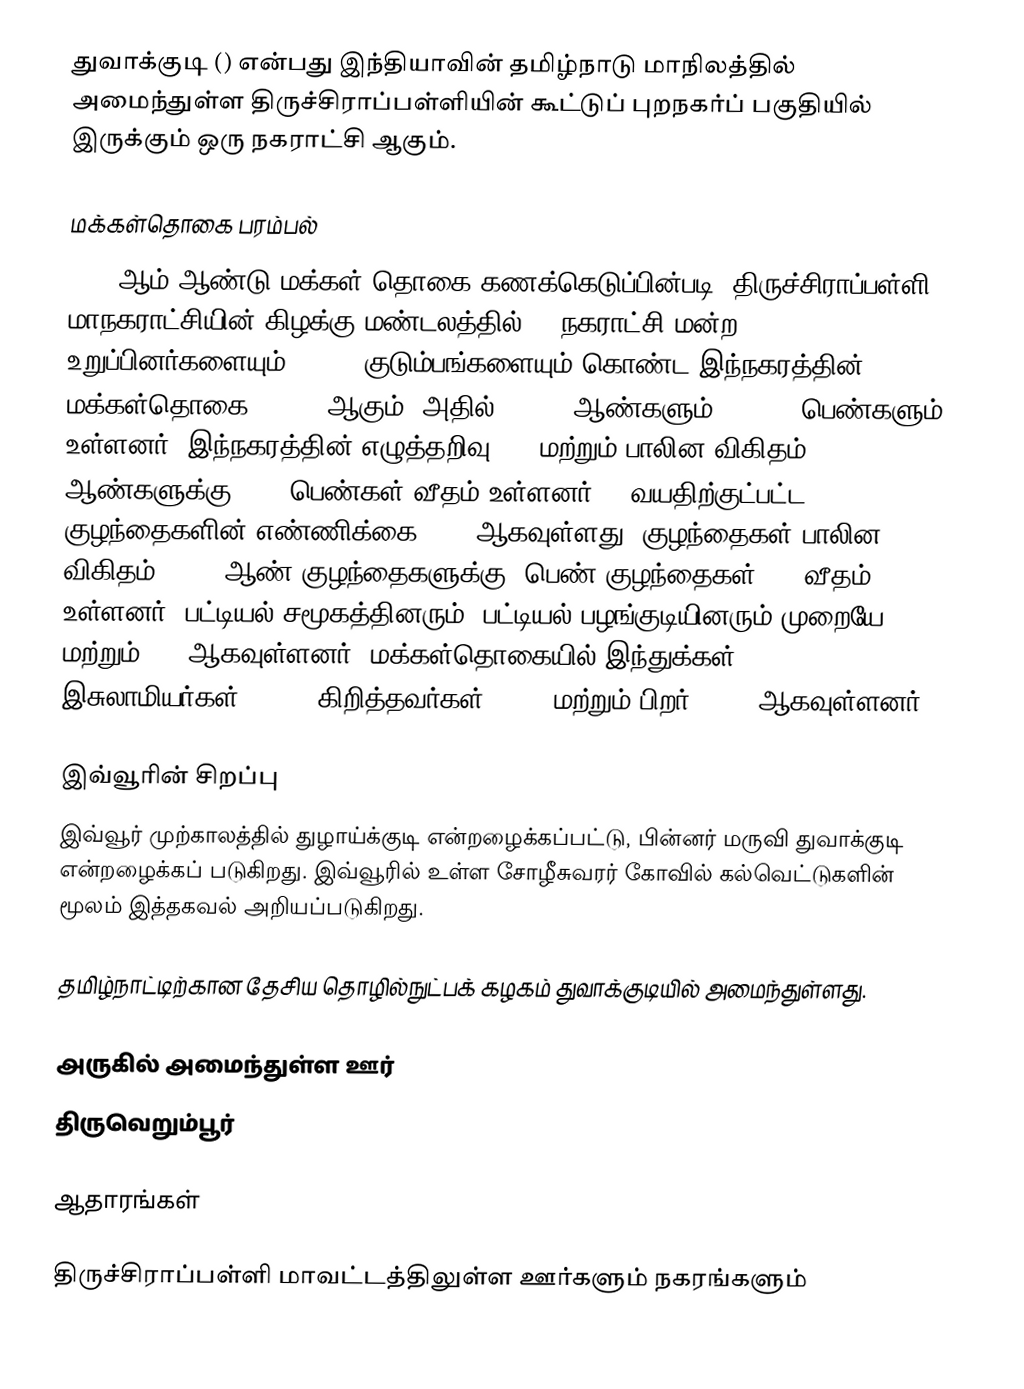
துவாக்குடி () என்பது இந்தியாவின் தமிழ்நாடு மாநிலத்தில் அமைந்துள்ள திருச்சிராப்பள்ளியின் கூட்டுப் புறநகர்ப் பகுதியில் இருக்கும் ஒரு நகராட்சி ஆகும்.

மக்கள்தொகை பரம்பல்
2011-ஆம் ஆண்டு மக்கள் தொகை கணக்கெடுப்பின்படி, திருச்சிராப்பள்ளி மாநகராட்சியின் கிழக்கு மண்டலத்தில் 21 நகராட்சி மன்ற உறுப்பினர்களையும், 9,402   குடும்பங்களையும் கொண்ட இந்நகரத்தின் மக்கள்தொகை 38,887 ஆகும். அதில் 21,112  ஆண்களும், 17,775  பெண்களும் உள்ளனர். இந்நகரத்தின் எழுத்தறிவு 89% மற்றும் பாலின விகிதம் 1000 ஆண்களுக்கு, 842 பெண்கள் வீதம் உள்ளனர். 6 வயதிற்குட்பட்ட குழந்தைகளின் எண்ணிக்கை 3261 ஆகவுள்ளது. குழந்தைகள் பாலின விகிதம்,  1000 ஆண் குழந்தைகளுக்கு, பெண் குழந்தைகள் 956 வீதம் உள்ளனர். பட்டியல் சமூகத்தினரும், பட்டியல் பழங்குடியினரும்  முறையே 6,835  மற்றும் 386 ஆகவுள்ளனர். மக்கள்தொகையில் இந்துக்கள் 83.68%, இசுலாமியர்கள் 5.05%, கிறித்தவர்கள் 10.8% மற்றும் பிறர் 0.48% ஆகவுள்ளனர்.

இவ்வூரின் சிறப்பு
இவ்வூர் முற்காலத்தில் துழாய்க்குடி என்றழைக்கப்பட்டு, பின்னர் மருவி துவாக்குடி என்றழைக்கப் படுகிறது. இவ்வூரில் உள்ள சோழீசுவரர் கோவில் கல்வெட்டுகளின் மூலம் இத்தகவல் அறியப்படுகிறது.

தமிழ்நாட்டிற்கான தேசிய தொழில்நுட்பக் கழகம் துவாக்குடியில் அமைந்துள்ளது.

அருகில் அமைந்துள்ள ஊர்
திருவெறும்பூர்

ஆதாரங்கள்

திருச்சிராப்பள்ளி மாவட்டத்திலுள்ள ஊர்களும் நகரங்களும்